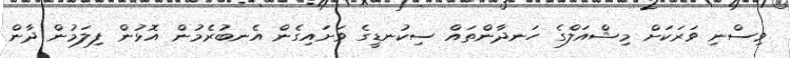
ވިސްނި ވަރަކަށް މިޝްއަލްގެ ހަނދާންތައް ސިކުނޑީގެ ވަށައިގެން އެނބުރެމުން އޮޅުން ފިލަމުން ދާން